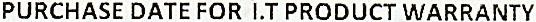
PURCHASE DATE FOR I.T PRODUCT WARRANTY